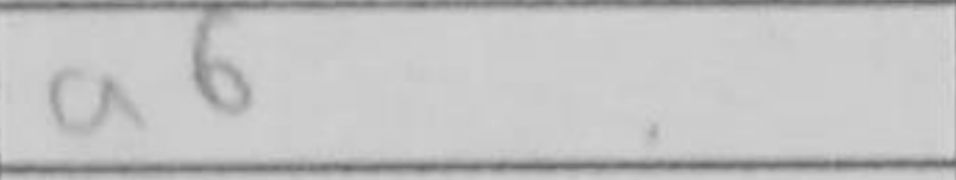
Transcription: a6